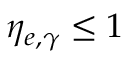
\eta _ { e , \gamma } \leq 1